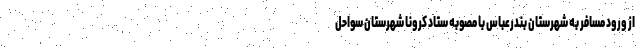
از ورود مسافر به شهرستان بندرعباس با مصوبه ستاد کرونا شهرستان سواحل